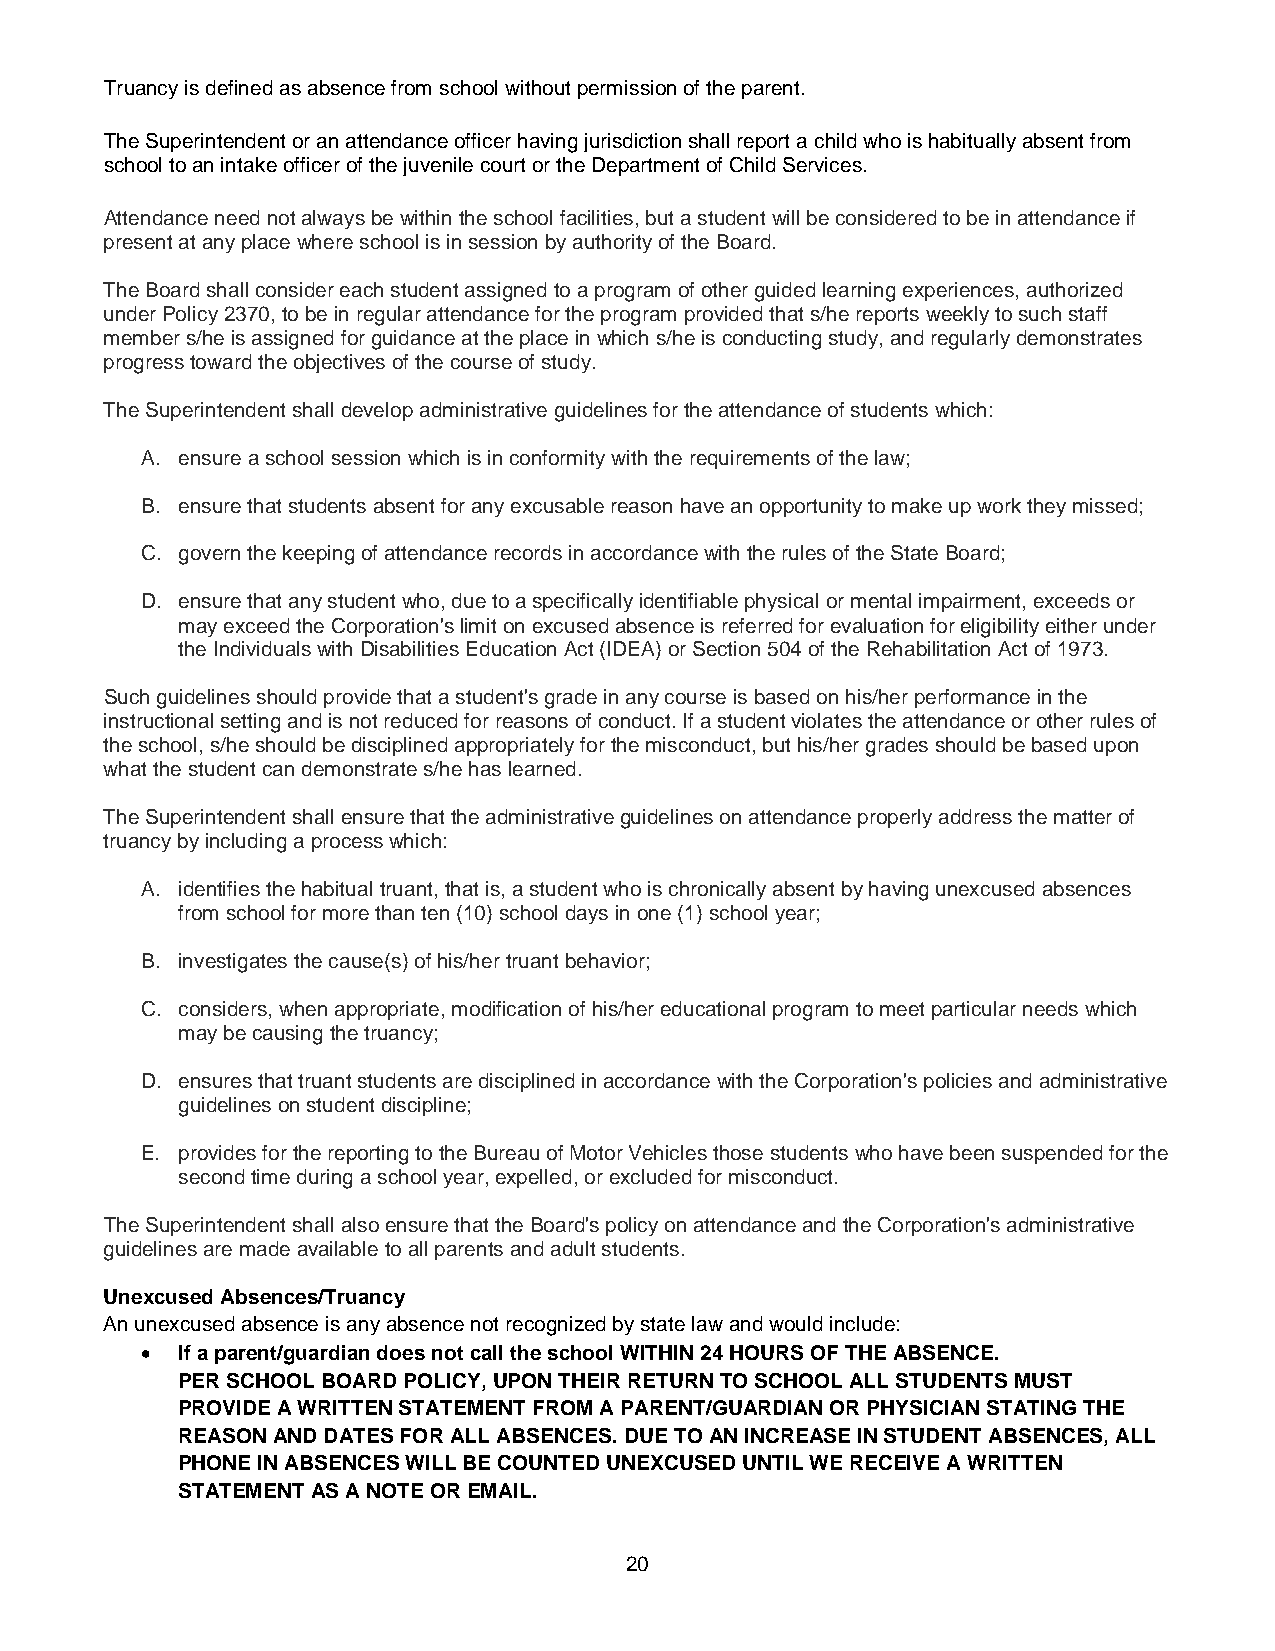
Truancy is defined as absence from school without permission of the parent.
 The Superintendent or an attendance officer having jurisdiction shall report a child who is habitually absent from
 school to an intake officer of the juvenile court or the Department of Child Services.
 Attendance need not always be within the school facilities, but a student will be considered to be in attendance if
 present at any place where school is in session by authority of the Board.
 The Board shall consider each student assigned to a program of other guided learning experiences, authorized
 under Policy 2370, to be in regular attendance for the program provided that s/he reports weekly to such staff
 member s/he is assigned for guidance at the place in which s/he is conducting study, and regularly demonstrates
 progress toward the objectives of the course of study.
 The Superintendent shall develop administrative guidelines for the attendance of students which:
 A. ensure a school session which is in conformity with the requirements of the law;
 B. ensure that students absent for any excusable reason have an opportunity to make up work they missed;
 C. govern the keeping of attendance records in accordance with the rules of the State Board;
 D. ensure that any student who, due to a specifically identifiable physical or mental impairment, exceeds or
 may exceed the Corporation's limit on excused absence is referred for evaluation for eligibility either under
 the Individuals with Disabilities Education Act (IDEA) or Section 504 of the Rehabilitation Act of 1973.
 Such guidelines should provide that a student's grade in any course is based on his/her performance in the
 instructional setting and is not reduced for reasons of conduct. If a student violates the attendance or other rules of
 the school, s/he should be disciplined appropriately for the misconduct, but his/her grades should be based upon
 what the student can demonstrate s/he has learned.
 The Superintendent shall ensure that the administrative guidelines on attendance properly address the matter of
 truancy by including a process which:
 A. identifies the habitual truant, that is, a student who is chronically absent by having unexcused absences
 from school for more than ten (10) school days in one (1) school year;
 B. investigates the cause(s) of his/her truant behavior;
 C. considers, when appropriate, modification of his/her educational program to meet particular needs which
 may be causing the truancy;
 D. ensures that truant students are disciplined in accordance with the Corporation's policies and administrative
 guidelines on student discipline;
 E. provides for the reporting to the Bureau of Motor Vehicles those students who have been suspended for the
 second time during a school year, expelled, or excluded for misconduct.
 The Superintendent shall also ensure that the Board's policy on attendance and the Corporation's administrative
 guidelines are made available to all parents and adult students.
 Unexcused Absences/Truancy
 An unexcused absence is any absence not recognized by state law and would include:
 •  If a parent/guardian does not call the school WITHIN 24 HOURS OF THE ABSENCE.
 PER SCHOOL BOARD POLICY, UPON THEIR RETURN TO SCHOOL ALL STUDENTS MUST
 PROVIDE A WRITTEN STATEMENT FROM A PARENT/GUARDIAN OR PHYSICIAN STATING THE
 REASON AND DATES FOR ALL ABSENCES. DUE TO AN INCREASE IN STUDENT ABSENCES, ALL
 PHONE IN ABSENCES WILL BE COUNTED UNEXCUSED UNTIL WE RECEIVE A WRITTEN
 STATEMENT AS A NOTE OR EMAIL.
 20